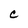
Character: C